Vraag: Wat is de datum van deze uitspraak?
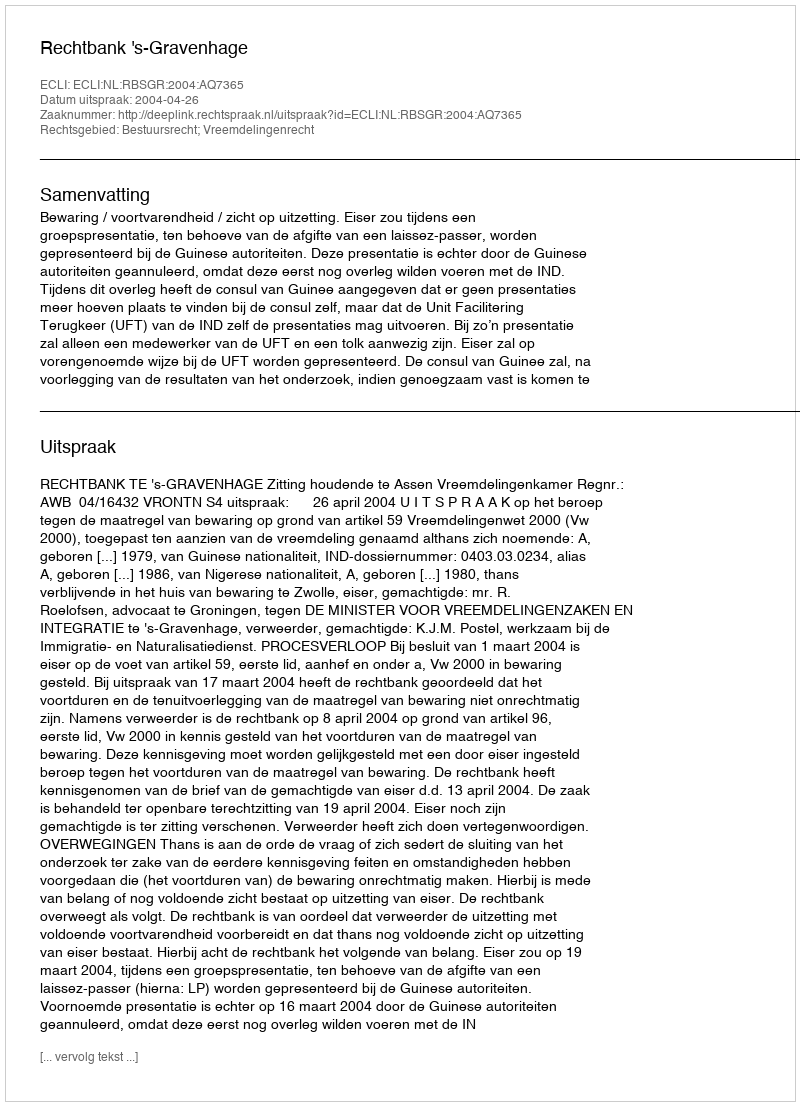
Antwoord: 2004-04-26